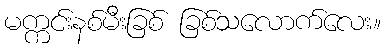
မက္ကင်းနစ်မီးခြစ် ခြစ်သလောက်လေး။